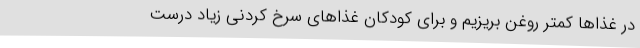
در غذاها کمتر روغن بریزیم و برای کودکان غذاهای سرخ کردنی زیاد درست